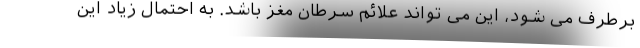
برطرف می شود، این می تواند علائم سرطان مغز باشد. به احتمال زیاد این